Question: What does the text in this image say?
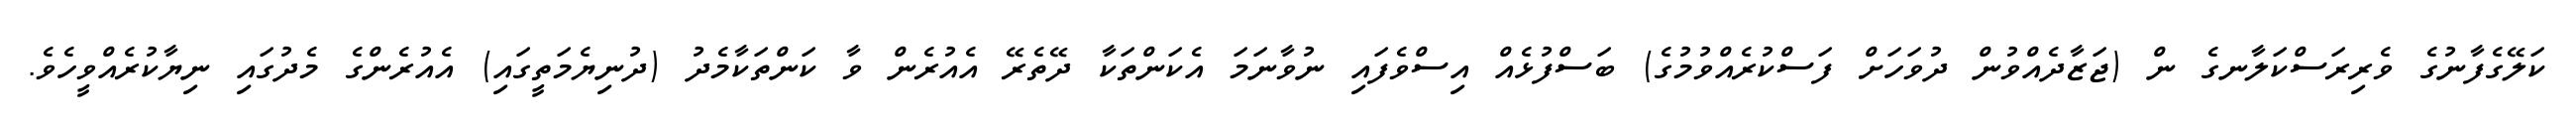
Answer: ކަލޭގެފާނުގެ ވެރިރަސްކަލާނގެ ން (ޖަޒާދެއްވުން ދުވަހަށް ފަސްކުރެއްވުމުގެ) ބަސްފުޅެއް އިސްވެފައި ނުވާނަމަ އެކަންތަކާ ދޭތެރޭ އެއުރެން ވާ ކަންތަކާމެދު (ދުނިޔެމަތީގައި) އެއުރެންގެ މެދުގައި ނިޔާކުރެއްވީހެވެ.